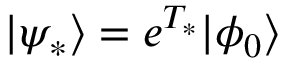
| \psi _ { * } \rangle = e ^ { T _ { * } } | \phi _ { 0 } \rangle